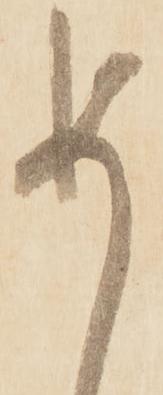
め